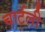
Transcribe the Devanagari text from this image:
चार्टली